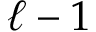
\ell - 1